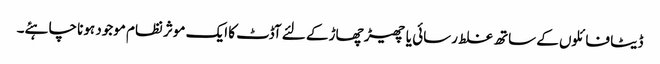
ڈیٹا فائلوں کے ساتھ غلط رسائی یا چھیڑ چھاڑ کے لئے آڈٹ کا ایک موثر نظام موجود ہونا چاہئے۔